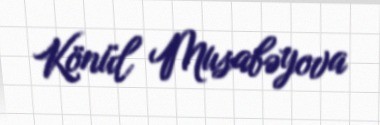
Könül Musabəyova